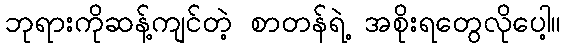
ဘုရားကိုဆန့်ကျင်တဲ့ စာတန်ရဲ့ အစိုးရတွေလိုပေါ့။